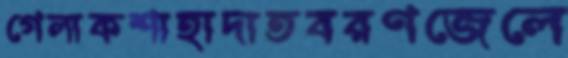
গেলাকশাহাদাতবরণজেলে